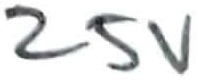
Text: 25V